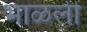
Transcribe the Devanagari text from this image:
भाळली